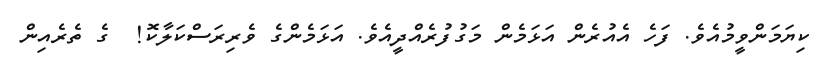
ކިޔަމަންވީމުއެވެ. ފަހެ އެއުރެން އަޅަމެން މަގުފުރެއްދީއެވެ. އަޅަމެންގެ ވެރިރަސްކަލާކޮ!  ގެ ތެރެއިން